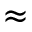
\approx